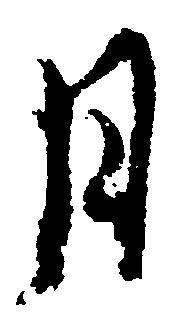
月